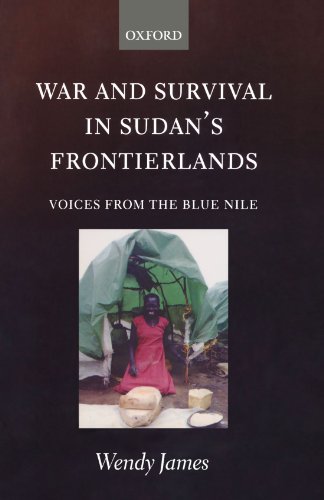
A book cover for War and Survival in Sudan's Frontierlands: Voices from the Blue Nile; Wendy James; History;